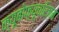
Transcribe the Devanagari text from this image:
क्यूबोफ़्यूचरिज़म